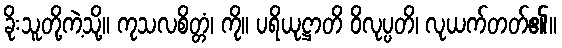
ခိုးသူတို့ကဲ့သို့။ ကုသလစိတ္တံ၊ ကို။ ပရိယုဋ္ဌာတိ ဝိလုပ္ပတိ၊ လုယက်တတ်၏။